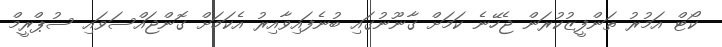
ކޯޓް އަމުރު ތަންފީޒުކުރަން ޖެހޭނެ ކަމަށް ގާނޫނުގައި ބުނެފައިވާއިރު އެކަމަށް ގޮންޖައްސަވައި ސުޕްރީމް